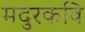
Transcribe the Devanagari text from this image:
मदुरकवि